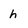
Character: h